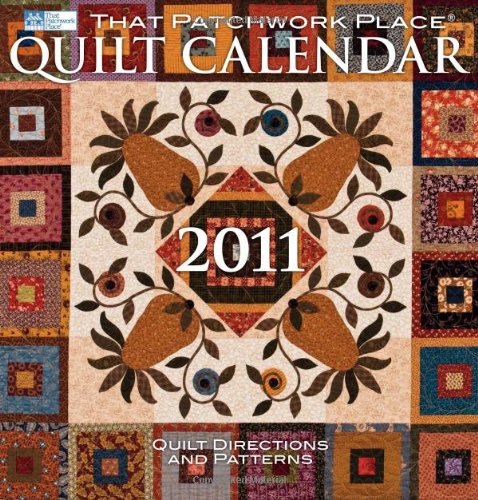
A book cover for That Patchwork Place Quilt Calendar 2011; That Patchwork Place; Calendars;